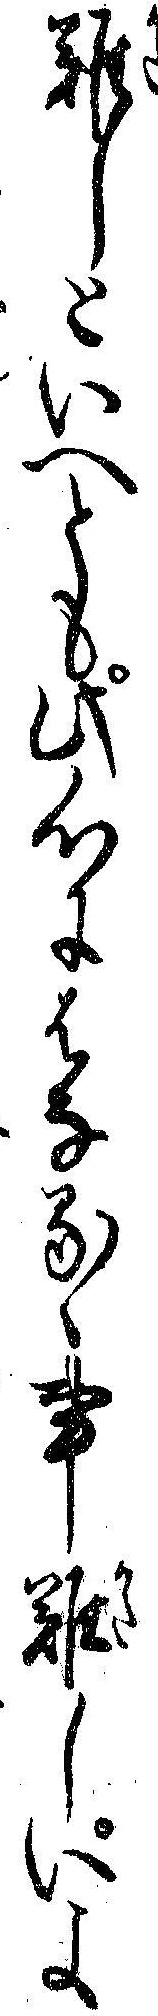
難しといへとも此心にはなるゝ事難しいよ